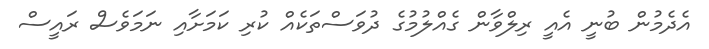
އެދެމުން ބުނީ އެއީ ރިލްވާން ގެއްލުމުގެ ދުވަސްތަކެއް ކުރި ކަމަށާއި ނަމަވެސް ރައީސް